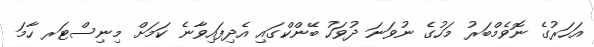
އަހަރުގެ ނޮވެމްބަރު މަހުގެ ނުވަނަ ދުވަހު ބޭންކްގައި އެދިފައިވާނެ ކަމަށް މިނިސްޓަރ ހާމަ